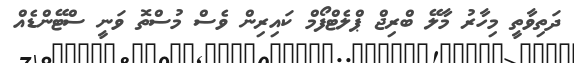
ދަތިވާތީ މިހާރު މާލޭ ބްރިޖް ޕްލެޓްފޯމް ކައިރިން ވެސް މުސްތޮ ވަނީ ސްޓޭންޑެއް